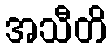
အသီတိ